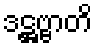
ဒဋ္ဌဗ္ဗာတိ